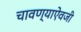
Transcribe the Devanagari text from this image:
चावण्याऐवजी